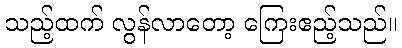
သည့်ထက် လွန်လာတော့ ကြေးဧည့်သည်။